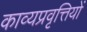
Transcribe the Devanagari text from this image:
काव्यप्रवृत्तियों